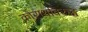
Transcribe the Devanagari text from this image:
कोराथविरुद्ध